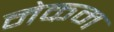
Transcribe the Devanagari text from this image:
नेकम